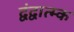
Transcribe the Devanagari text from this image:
द्वंद्वात्म्क